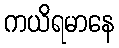
ကယိရမာနေ